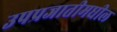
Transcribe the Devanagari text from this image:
उपप्रजातीमधील